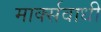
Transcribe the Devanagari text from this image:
मार्क्सवाधी